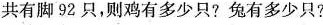
共有脚92只，则鸡有多少只?兔有多少只?